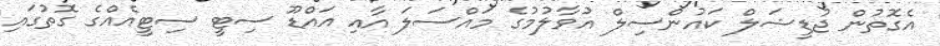
އެގޮތުން ޖުޑީޝަލް ކައުންސިލް އުވާލުމުގެ މައްސަލަ އާއި އައްޑޫ ސިޓީ ސިޓީއެއްގެ ގޮތުގައި